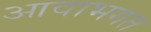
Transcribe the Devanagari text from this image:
आवाभगत